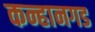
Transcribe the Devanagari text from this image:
कन्हानगड